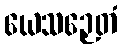
ယေသဉှေတံ